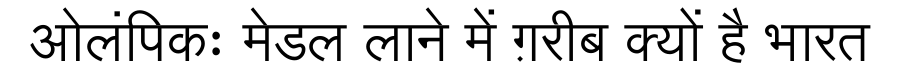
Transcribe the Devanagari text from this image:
ओलंपिकः मेडल लाने में ग़रीब क्यों है भारत